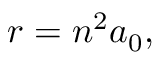
r = n ^ { 2 } a _ { 0 } ,